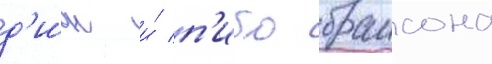
д'ион и́ п'ибо браисона